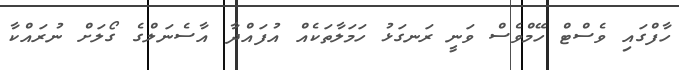
ހާފްގައި ވެސްޓް ހޭމްވެސް ވަނީ ރަނގަޅު ހަމަލާތަކެއް އުފައްދާ އާސެނަލްގެ ގޯލަށް ނުރައްކާ